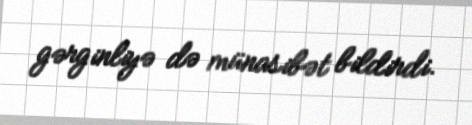
gərginliyə də münasibət bildirdi.